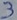
Text: 2